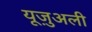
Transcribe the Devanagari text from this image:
यूज़ुअली